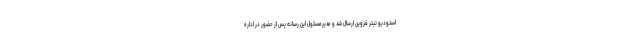
استودیو تیتر قزوین ارسال شد و مدیرمسئول این رسانه پس از حضور در اداره